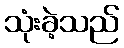
သုံးခဲ့သည်